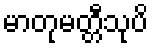
မာတုမတ္တီသုပိ